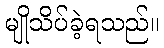
မျိုသိပ်ခဲ့ရသည်။